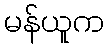
မန်ယူက